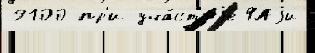
9100 пр'и уча́ст'иjе ФАjи